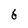
Character: 6